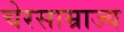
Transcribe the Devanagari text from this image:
चेरसाम्राज्य